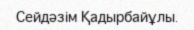
Сейдәзім Қадырбайұлы.